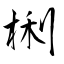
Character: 梸